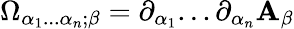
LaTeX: \Omega_{\alpha_{1}...\alpha_{n};\beta}=\partial_{\alpha_{1}}...\partial_{\alpha_{n}}\mathbf{A}_{\beta}